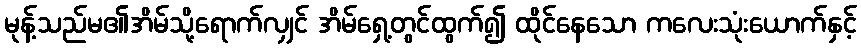
မုန့်သည်မ၏အိမ်သို့ရောက်လျှင် အိမ်ရှေ့တွင်ထွက်၍ ထိုင်နေသော ကလေးသုံးယောက်နှင့်